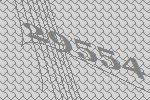
29554